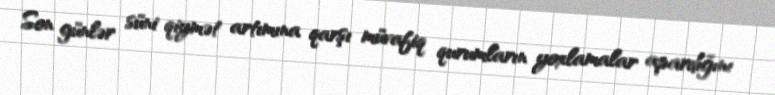
Son günlər süni qiymət artımına qarşı müvafiq qurumların yoxlamalar apardığını